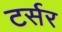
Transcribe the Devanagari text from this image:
टर्सर